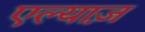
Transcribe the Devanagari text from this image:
एल्याज़